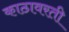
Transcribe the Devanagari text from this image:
काठावरती